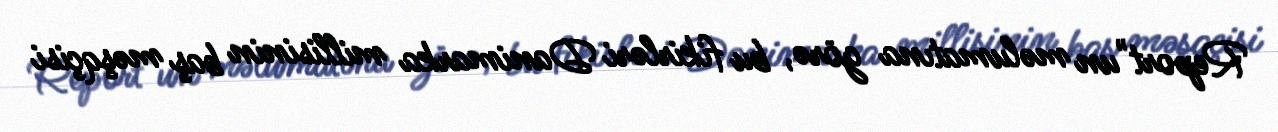
Report"un məlumatına görə, bu fikirləri Danimarka millisinin baş məşqçisi